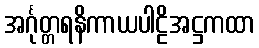
အင်္ဂုတ္တရနိကာယပါဠိအဋ္ဌကထာ